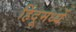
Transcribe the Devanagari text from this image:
हिंदूमध्यें